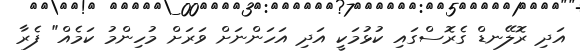
އަދި ރޮލޭނޑް ގެރޮސްގައި ކުޅުމަކީ އަދި އަހަންނަށް ވަރަށް މުހިންމު ކަމެއް" ފެރާ